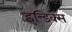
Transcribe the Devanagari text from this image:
इन्डिक्स